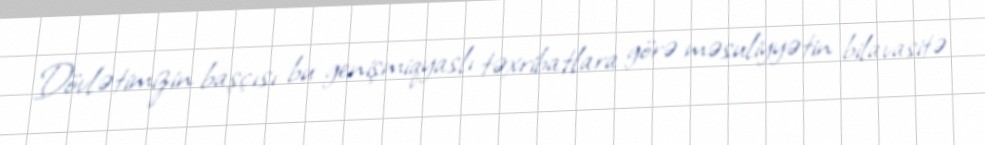
Dövlətimizin başçısı bu genişmiqyaslı təxribatlara görə məsuliyyətin bilavasitə